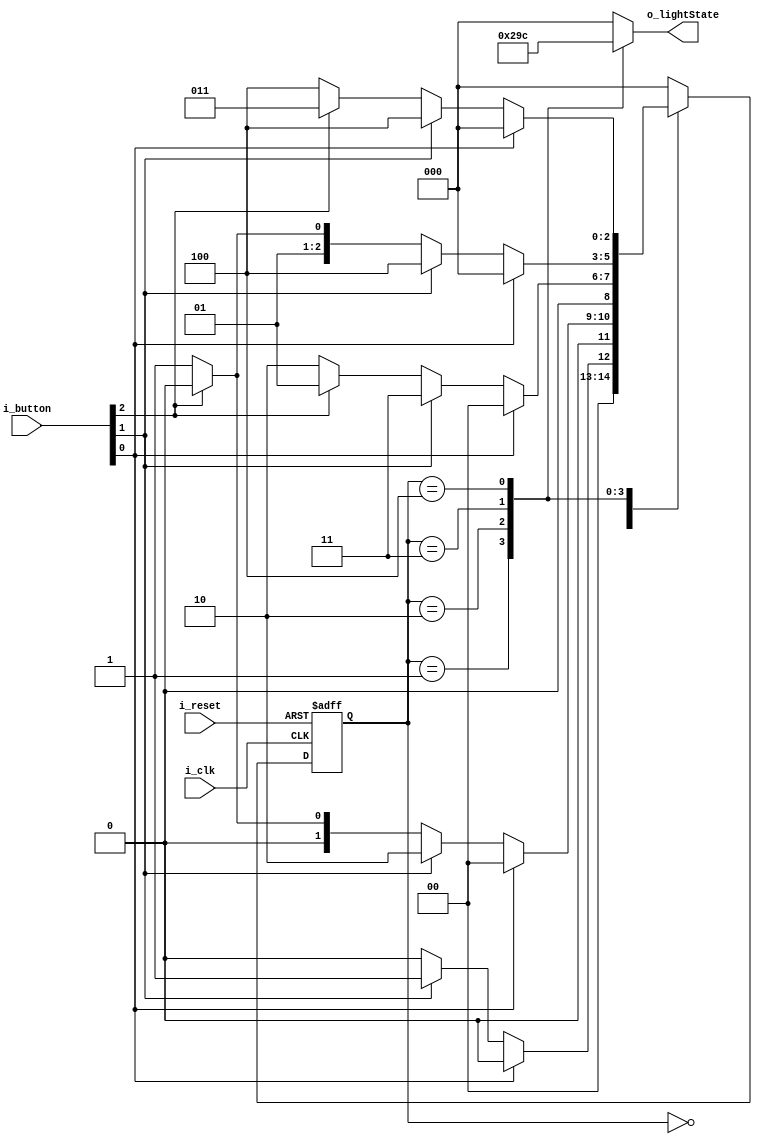
module FSM_LED_UpDown(
    input i_clk,
    input i_reset,
    input  [2:0] i_button,
    output [2:0] o_lightState
    );

    parameter
        S_LS_000 = 3'b000,
        S_LS_001 = 3'b001,
        S_LS_010 = 3'b010,
        S_LS_011 = 3'b011,
        S_LS_100 = 3'b100;

    reg [2:0] curState, nextState;
    reg [2:0] r_lightState ; 
    assign o_lightState = r_lightState;

    always @(posedge i_clk or posedge i_reset) begin
        if(i_reset) curState <= S_LS_000;
        else        curState <= nextState;

    end

    always @(curState or i_button) begin
        case(curState)
            S_LS_000 : begin 
                if      (i_button[0]) nextState <= S_LS_000;
                else if (i_button[1]) nextState <= S_LS_001;
                else if (i_button[2]) nextState <= S_LS_000;
                else nextState <= S_LS_000;
            end
            S_LS_001 : begin
                if      (i_button[0]) nextState <= S_LS_000;
                else if (i_button[1]) nextState <= S_LS_010;
                else if (i_button[2]) nextState <= S_LS_000;
                else nextState <= S_LS_001;
            end
            S_LS_010 : begin
                if      (i_button[0]) nextState <= S_LS_000;
                else if (i_button[1]) nextState <= S_LS_011;
                else if (i_button[2]) nextState <= S_LS_001;
                else nextState <= S_LS_010;
            end
            S_LS_011 : begin
                if      (i_button[0]) nextState <= S_LS_000;
                else if (i_button[1]) nextState <= S_LS_100;
                else if (i_button[2]) nextState <= S_LS_010;
                else nextState <= S_LS_011;
            end
            S_LS_100 : begin
                if      (i_button[0]) nextState <= S_LS_000;
                else if (i_button[1]) nextState <= S_LS_100;
                else if (i_button[2]) nextState <= S_LS_011;
                else nextState <= S_LS_100;
            end

            default : nextState <= S_LS_000;
        endcase
    end

    always @(curState) begin
        
        case (curState)
            S_LS_000 : r_lightState <= 3'b000;
            S_LS_001 : r_lightState <= 3'b001;
            S_LS_010 : r_lightState <= 3'b010;
            S_LS_011 : r_lightState <= 3'b011;
            S_LS_100 : r_lightState <= 3'b100;
            default  : r_lightState <= 3'b000;
        endcase
    end
endmodule